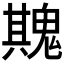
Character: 𮫡